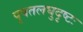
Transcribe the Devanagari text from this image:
पृषतलघुदृष्टः